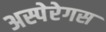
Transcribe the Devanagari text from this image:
अस्पेरेगस